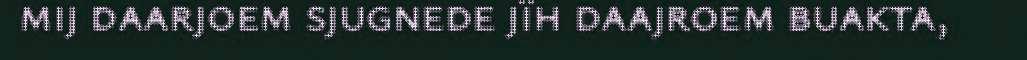
mij daarjoem sjugnede jïh daajroem buakta,